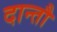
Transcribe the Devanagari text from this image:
दान्तौ